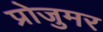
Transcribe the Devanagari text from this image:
प्रोजुमर